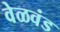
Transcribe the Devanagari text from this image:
वेळवंड